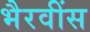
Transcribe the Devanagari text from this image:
भैरवींस